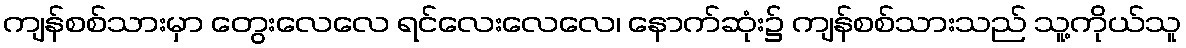
ကျန်စစ်သားမှာ တွေးလေလေ ရင်လေးလေလေ၊ နောက်ဆုံး၌ ကျန်စစ်သားသည် သူ့ကိုယ်သူ